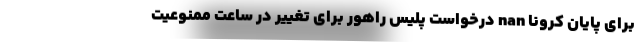
برای پایان کرونا nan درخواست پلیس راهور برای تغییر در ساعت ممنوعیت